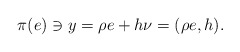
\begin{align*}\pi(e)\ni y=\rho e+h\nu=(\rho e,h).\end{align*}